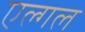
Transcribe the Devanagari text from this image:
एल्गल